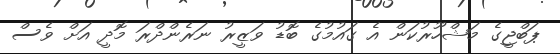
ޕަބްޖީގެ މަޝްހޫރުކަން އެ ގައުމުގެ ބޮޑު ވަޒީރު ނަރެންދްރަ މޮދީ އަށް ވެސް